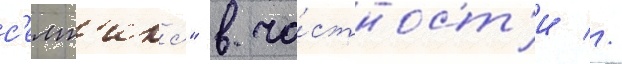
с'елт'икс" в ча́стност'и //